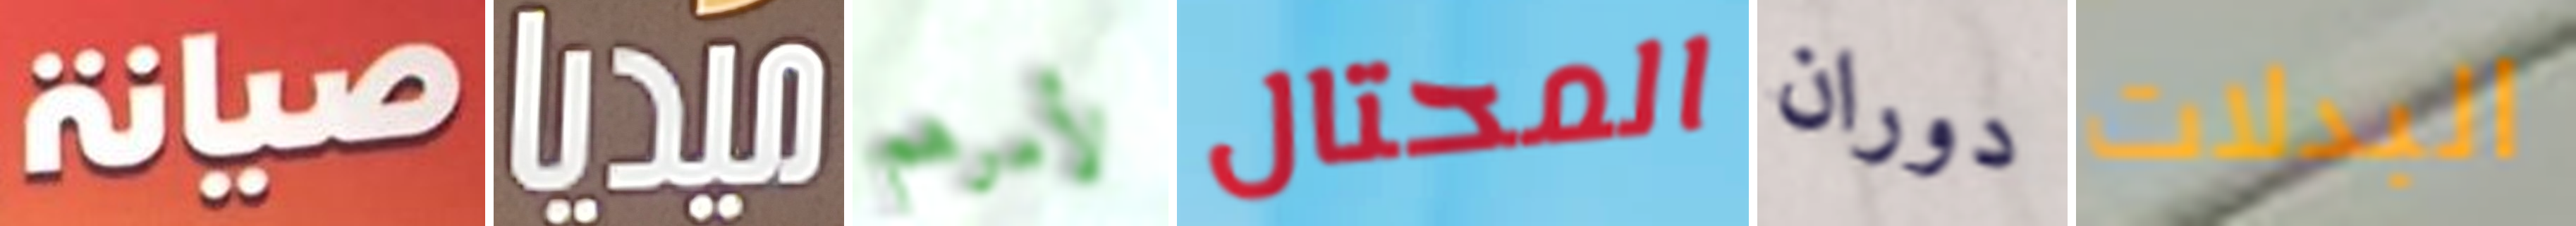
صيانة ميديا لأمرهم المحتال دوران البدلات